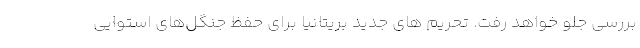
بررسی جلو خواهد رفت. تحریم های جدید بریتانیا برای حفظ جنگل‌های استوایی